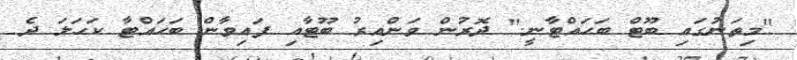
"މިތަނުގައި ބޫޓް ބަހައްޓާނީ." ދޮރުން ވަންއިރު ބޫޓާއި ފައިވާން ބަހައްޓާ ކަހަލަ ދެ